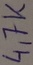
Text: 4,77K